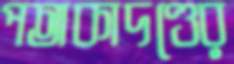
পতাকাদণ্ডের